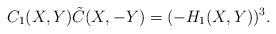
LaTeX: \begin{align*}C_1(X,Y) \tilde{C}(X,-Y) = (-H_1(X,Y))^3.\end{align*}